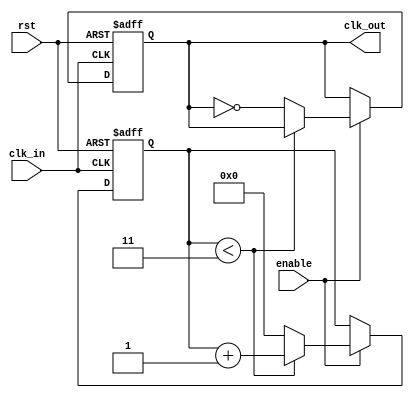
module frequency_divider_counter #(
    parameter N = 4  // Default division factor
)(
    input wire clk_in,   // Input clock signal
    input wire rst,      // Asynchronous reset signal
    input wire enable,   // Enable signal for counting
    output reg clk_out   // Output divided clock signal
);

    reg [31:0] counter;  // Counter to keep track of clock cycles

    always @(posedge clk_in or posedge rst) begin
        if (rst) begin
            counter <= 0;  // Reset counter
            clk_out <= 0;  // Reset output clock
        end else if (enable) begin
            if (counter < N - 1) begin
                counter <= counter + 1;  // Increment counter
            end else begin
                counter <= 0;              // Reset counter
                clk_out <= ~clk_out;       // Toggle output clock
            end
        end
    end

endmodule